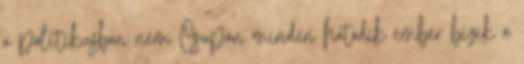
a politikusban nem Csupán minden hatodik ember bízik a